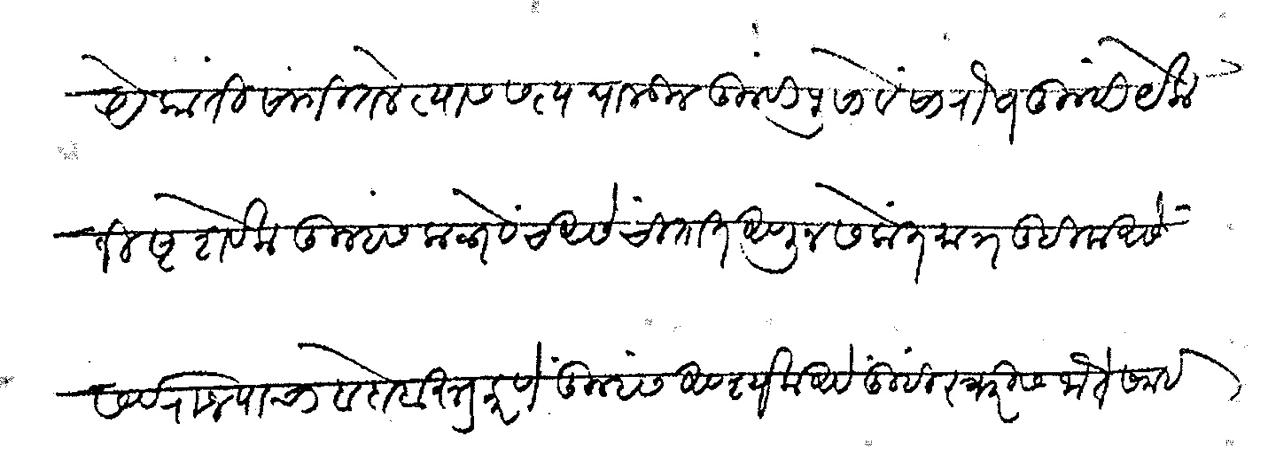
Transliteration (Devanagari): येकांती सांगितले त्यास सत्य घालून तुम्ही पुसावे सारौष तुम्ही येकनिष्ट शेवक तुम्हास कळावेच असे चितात आणून संकेत मात्र लिहिला असे सर्व राज्याचा बदोबस्त करणे तुम्हांस अवश्यक असे तुम्ही स्वारीस जातेसमई